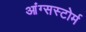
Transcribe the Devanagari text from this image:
आंग्सस्टोर्म